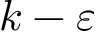
k - \varepsilon